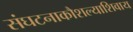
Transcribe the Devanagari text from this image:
संघटनाकौशल्याशिवाय